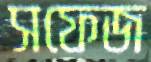
সফেজ